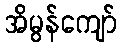
အိမွန်ကျော်